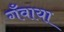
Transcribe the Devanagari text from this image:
गँवाया